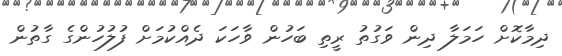
ދިމާކޮށް ހަމަލާ ދިން ވަގުތު ރީތި ބަހުން ވާހަކަ ދެއްކުމަށް ފުލުހުންގެ ގާތުން